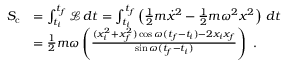
{ \begin{array} { r l } { S _ { \mathrm { c } } } & { = \int _ { t _ { i } } ^ { t _ { f } } { \mathcal { L } } \, d t = \int _ { t _ { i } } ^ { t _ { f } } \left( { \frac { 1 } { 2 } } m { \dot { x } } ^ { 2 } - { \frac { 1 } { 2 } } m \omega ^ { 2 } x ^ { 2 } \right) \, d t } \\ & { = { \frac { 1 } { 2 } } m \omega \left( { \frac { ( x _ { i } ^ { 2 } + x _ { f } ^ { 2 } ) \cos \omega ( t _ { f } - t _ { i } ) - 2 x _ { i } x _ { f } } { \sin \omega ( t _ { f } - t _ { i } ) } } \right) ~ . } \end{array} }